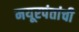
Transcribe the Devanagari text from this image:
मयूरपंतांची